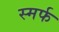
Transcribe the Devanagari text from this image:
स्मर्फ